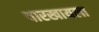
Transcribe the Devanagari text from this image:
पारखायला